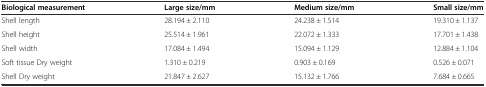
| Biological measurement | Large size/mm | Medium size/mm | Small size/mm |
 | --- | --- | --- | --- |
 | Shell length | 28.194 ± 2.110 | 24.238 ± 1.514 | 19.310 ± 1.137 |
 | Shell height | 25.514 ± 1.961 | 22.072 ± 1.333 | 17.701 ± 1.438 |
 | Shell width | 17.084 ± 1.494 | 15.094 ± 1.129 | 12.884 ± 1.104 |
 | Soft tissue Dry weight | 1.310 ± 0.219 | 0.903 ± 0.169 | 0.526 ± 0.071 |
 | Shell Dry weight | 21.847 ± 2.627 | 15.132 ± 1.766 | 7.684 ± 0.665 |